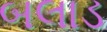
બલાડ